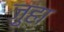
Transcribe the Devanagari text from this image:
ज़ुहा